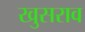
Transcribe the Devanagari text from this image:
खुसराव